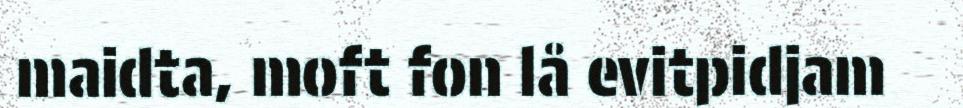
maidta, moft fon lå evitpidjam